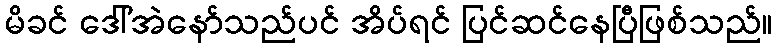
မိခင် ဒေါ်အဲနော်သည်ပင် အိပ်ရင် ပြင်ဆင်နေပြီဖြစ်သည်။